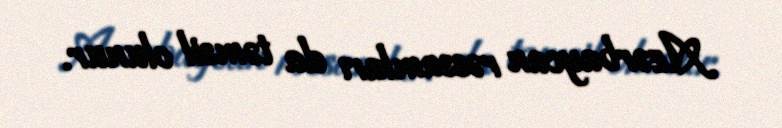
Azərbaycan rəssamları da təmsil olunur.